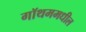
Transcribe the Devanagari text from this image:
गॉथममधील